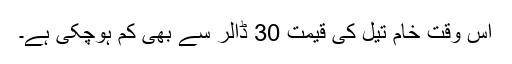
اس وقت خام تیل کی قیمت 30 ڈالر سے بھی کم ہوچکی ہے۔